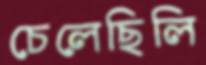
চেলেছিলি